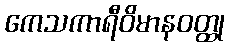
ကေသကာရီဝိမာနဝတ္ထု